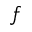
\boldsymbol { f }